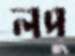
লপু